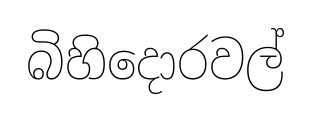
බිහිදොරවල්